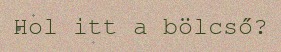
Hol itt a bölcső?